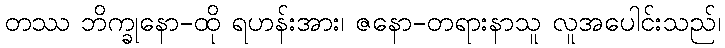
တဿ ဘိက္ခုနော-ထို ရဟန်းအား၊ ဇနော-တရားနာသူ လူအပေါင်းသည်၊